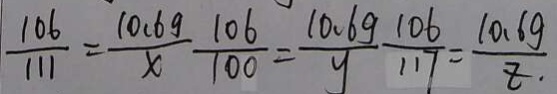
\frac { 1 0 6 } { 1 1 1 } = \frac { 1 0 . 6 g } { x } - \frac { 1 0 6 } { 1 0 0 } = \frac { 1 0 . 6 g } { y } \frac { 1 0 6 } { 1 1 7 } = \frac { 1 0 . 6 g } { z . \cdot }